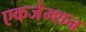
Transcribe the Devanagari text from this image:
एकजेम्शन